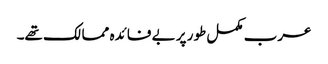
عرب مکمل طور پر بے فائدہ ممالک تھے۔